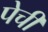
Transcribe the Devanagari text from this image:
पेची